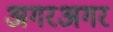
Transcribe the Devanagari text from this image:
अगरअगर